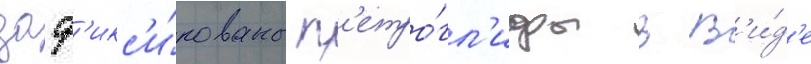
заф'икс'и́рованы п'етро́гл'ифы в в'и́д'е